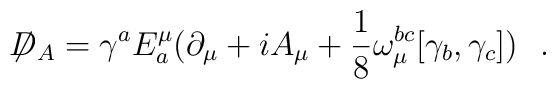
\not{\!\! D}_{A} = \gamma^a E^{\mu}_{a}(\partial_{\mu}+iA_{\mu}+\frac{1}{8}\omega^{bc}_{\mu}[\gamma_b,\gamma_c])~~.